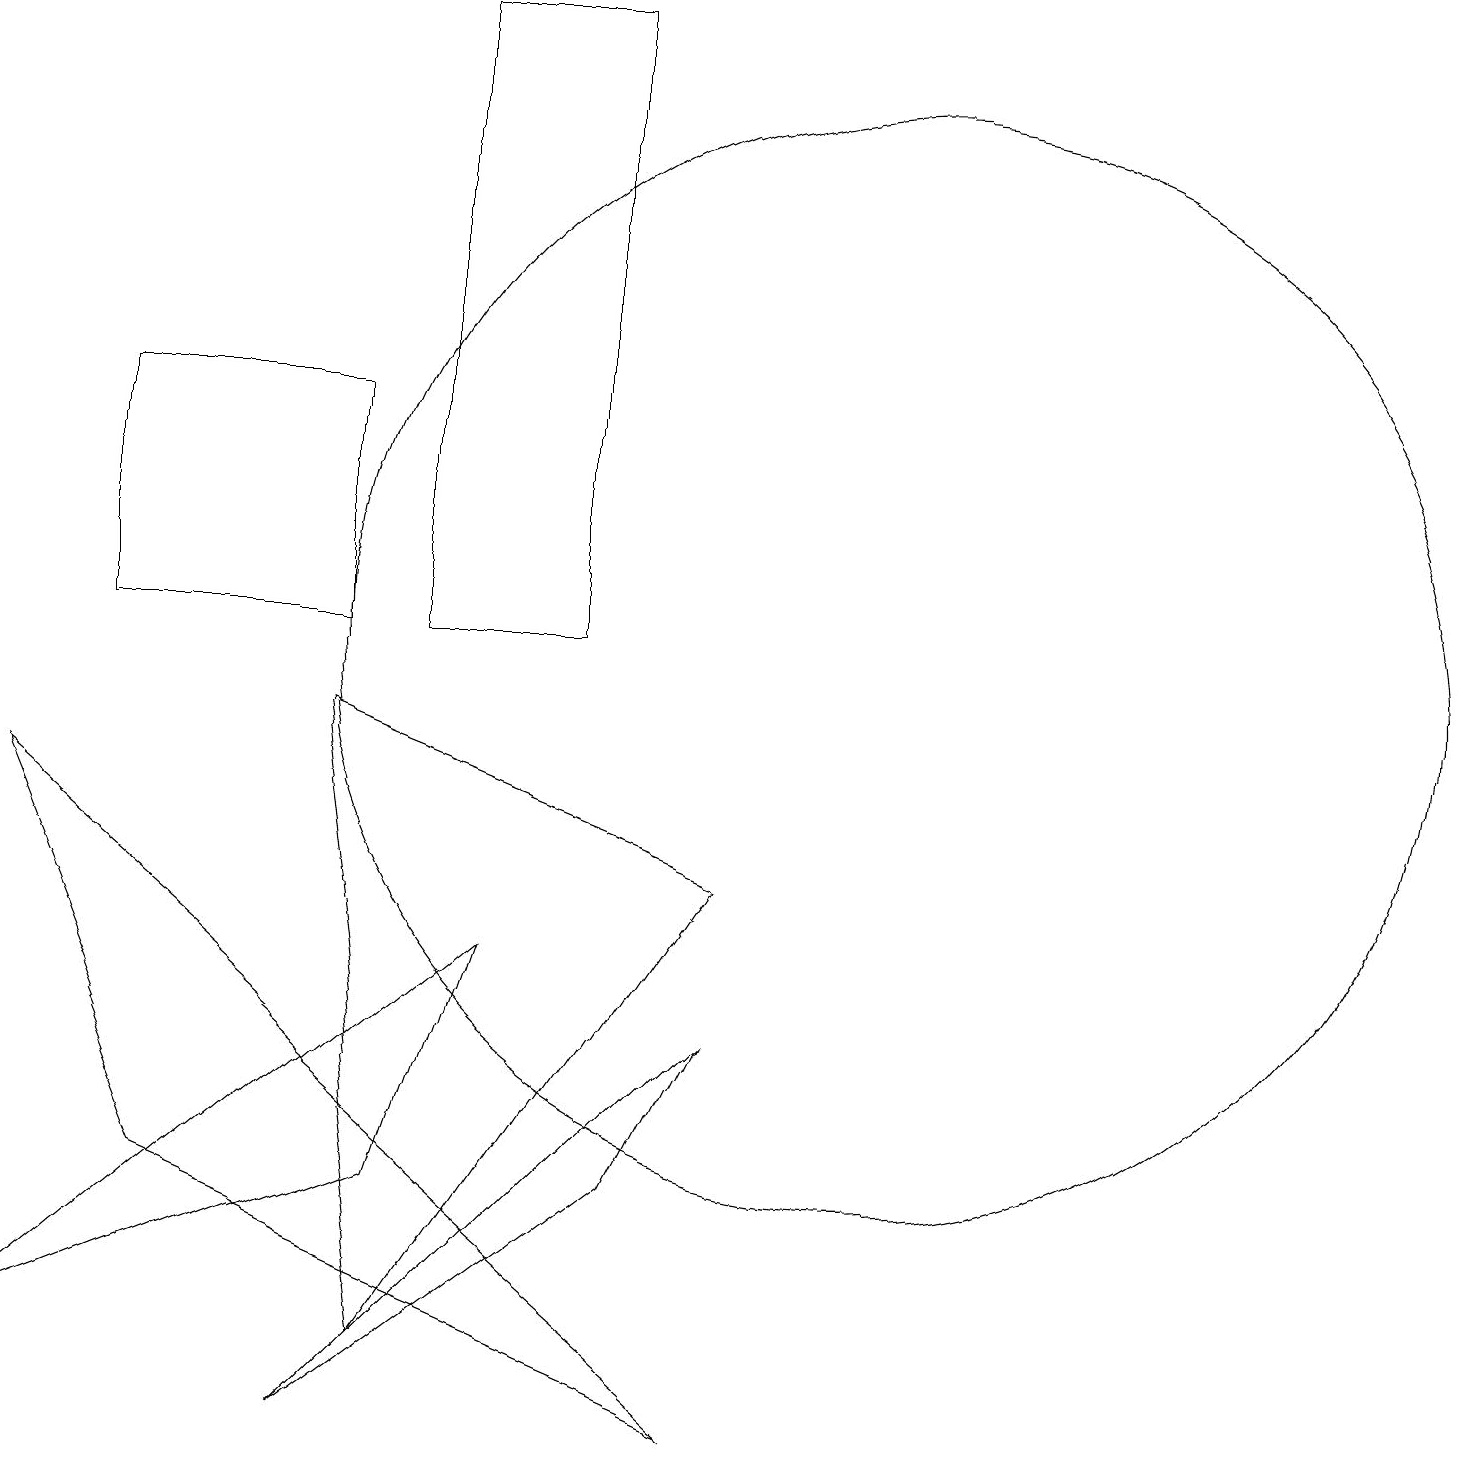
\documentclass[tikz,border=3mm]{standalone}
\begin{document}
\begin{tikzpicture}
\draw (4,9) -- (5,1) -- (9,7) -- cycle;
\draw (1,10) rectangle (4,13);
\draw (4,0) -- (9,5) -- (8,3) -- cycle;
\draw (0,1) -- (6,6) -- (5,3) -- cycle;
\draw (5,18) rectangle (7,10);
\draw (9,0) -- (2,3) -- (0,8) -- cycle;
\draw (11,10) circle (7);
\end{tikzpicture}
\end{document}